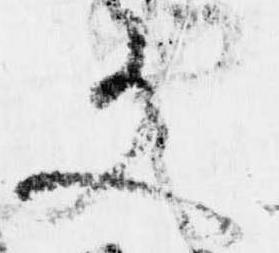
文